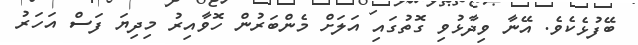
ބޭފުޅެކެވެ. އޭނާ ވިދާޅުވި ގޮތުގައި އަލަށް މެންބަރުން ހޮވާއިރު މިދިޔަ ފަސް އަހަރު